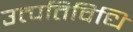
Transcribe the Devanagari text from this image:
उत्पत्तिविधि